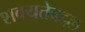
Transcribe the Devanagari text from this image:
शक्यतेबद्दल